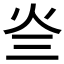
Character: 𤆜